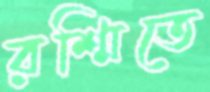
রশ্মিতে